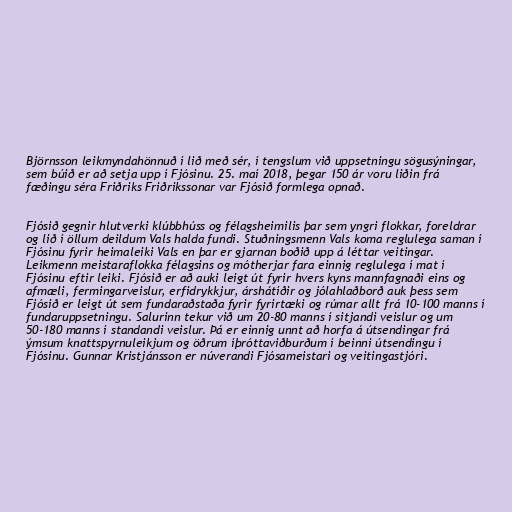
Björnsson leikmyndahönnuð í lið með sér, í tengslum við uppsetningu sögusýningar,
sem búið er að setja upp í Fjósinu. 25. maí 2018, þegar 150 ár voru liðin frá
fæðingu séra Friðriks Friðrikssonar var Fjósið formlega opnað.

Fjósið gegnir hlutverki klúbbhúss og félagsheimilis þar sem yngri flokkar, foreldrar
og lið í öllum deildum Vals halda fundi. Stuðningsmenn Vals koma reglulega saman í
Fjósinu fyrir heimaleiki Vals en þar er gjarnan boðið upp á léttar veitingar.
Leikmenn meistaraflokka félagsins og mótherjar fara einnig reglulega í mat í
Fjósinu eftir leiki. Fjósið er að auki leigt út fyrir hvers kyns mannfagnaði eins og
afmæli, fermingarveislur, erfidrykkjur, árshátíðir og jólahlaðborð auk þess sem
Fjósið er leigt út sem fundaraðstaða fyrir fyrirtæki og rúmar allt frá 10-100 manns í
fundaruppsetningu. Salurinn tekur við um 20-80 manns í sitjandi veislur og um
50-180 manns í standandi veislur. Þá er einnig unnt að horfa á útsendingar frá
ýmsum knattspyrnuleikjum og öðrum íþróttaviðburðum í beinni útsendingu í
Fjósinu. Gunnar Kristjánsson er núverandi Fjósameistari og veitingastjóri.